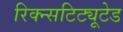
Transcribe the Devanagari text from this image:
रिक्न्सटिट्यूटेड